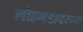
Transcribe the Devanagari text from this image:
लोहगडावरून